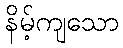
နိမ့်ကျသော